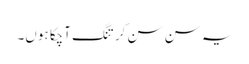
یہ سن سن کر تنگ آچکا ہوں۔